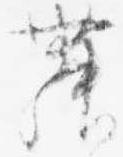
舞